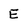
Character: E